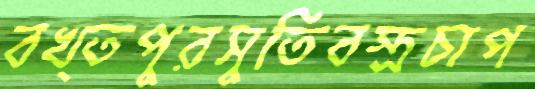
বখ্তপুরসুতিবস্ত্রচাপ